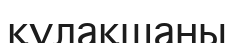
құлақшаны